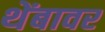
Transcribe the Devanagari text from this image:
थेंबावर